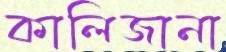
কালিজানা